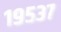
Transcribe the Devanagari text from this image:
१९५३७